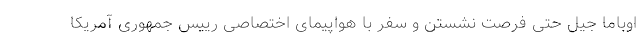
اوباما جیل حتی فرصت نشستن و سفر با هواپیمای اختصاصی رییس جمهوری آمریکا